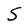
Character: S